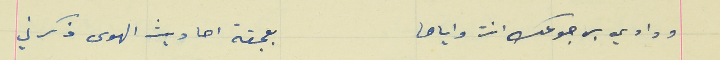
وداوي برجوعك انت واياها                                         بعجقة احاديث الهوى ذكرني